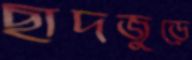
ছাদজুড়ে